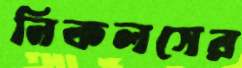
নিকলসের